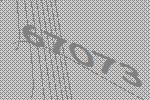
67073